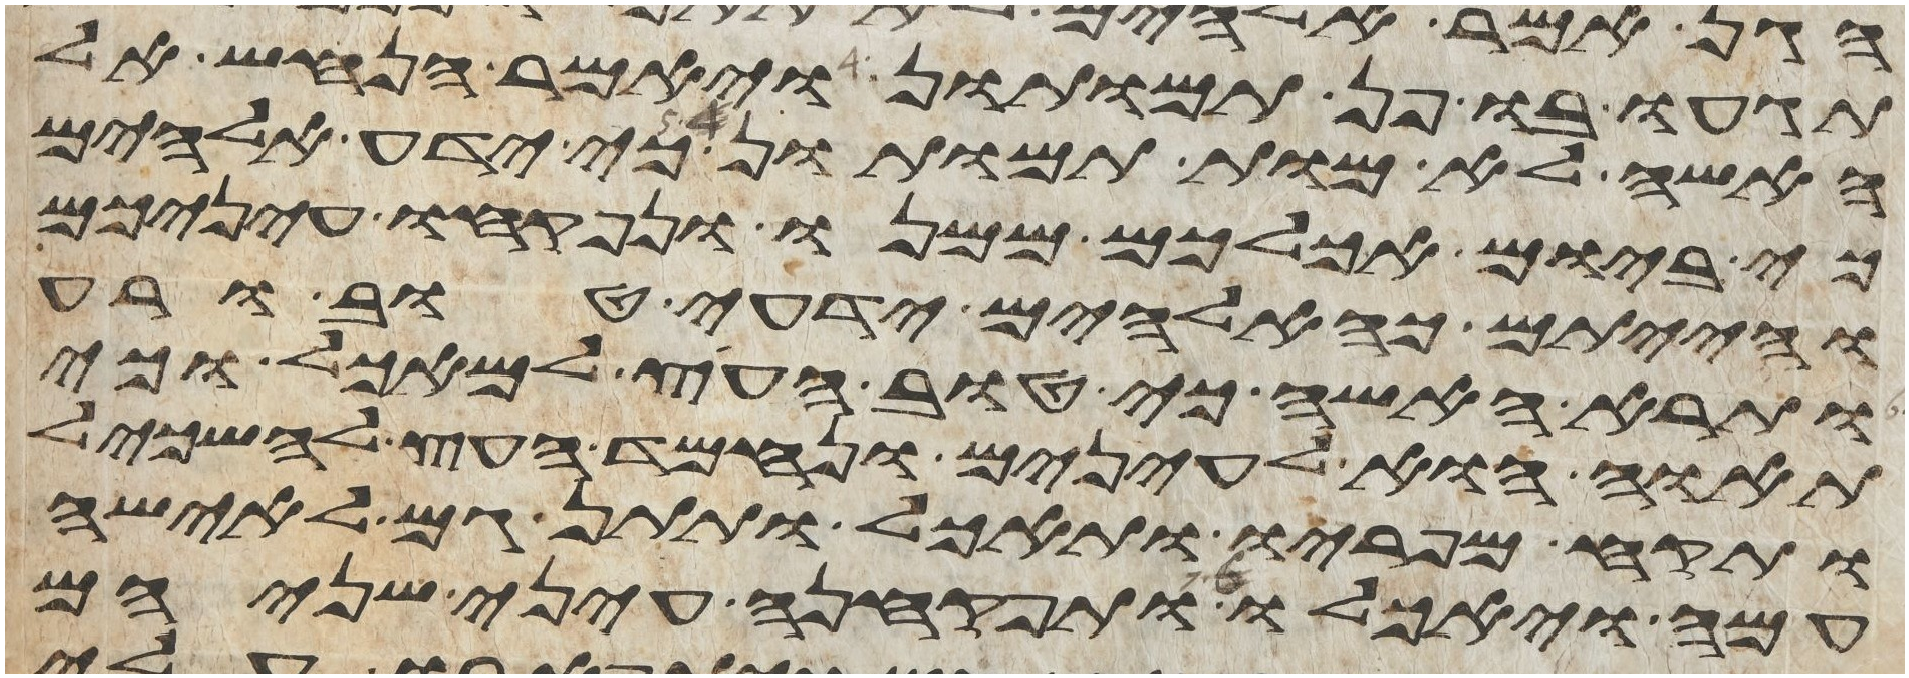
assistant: תגעו בו פן תמותון ויאמר הנחש אל
האשה לא מות תמותון כי ידע אלהים
כי ביום אכלכם ממנו ונפקחו עיניכם
והייתם כאלהים ידעי טוב ורע
ותרא האשה כי טוב העץ למאכל וכי
תאוה הוא לעינים ונחמד העץ להשכיל
ותקח מפריו ותאכל ותתן גם לאישה
עמה ויאכלו ותפקחנה עיני שניהם